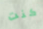
كنت